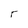
Character: r